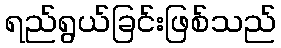
ရည်ရွယ်ခြင်းဖြစ်သည်